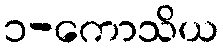
၁-ကောသိယ